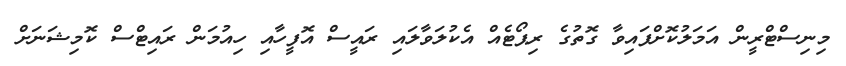
މިނިސްޓްރީން އަމަލުކޮށްފައިވާ ގޮތުގެ ރިޕޯޓެއް އެކުލަވާލައި ރައީސް އޮފީހާއި ހިއުމަން ރައިޓްސް ކޮމިޝަނަށް